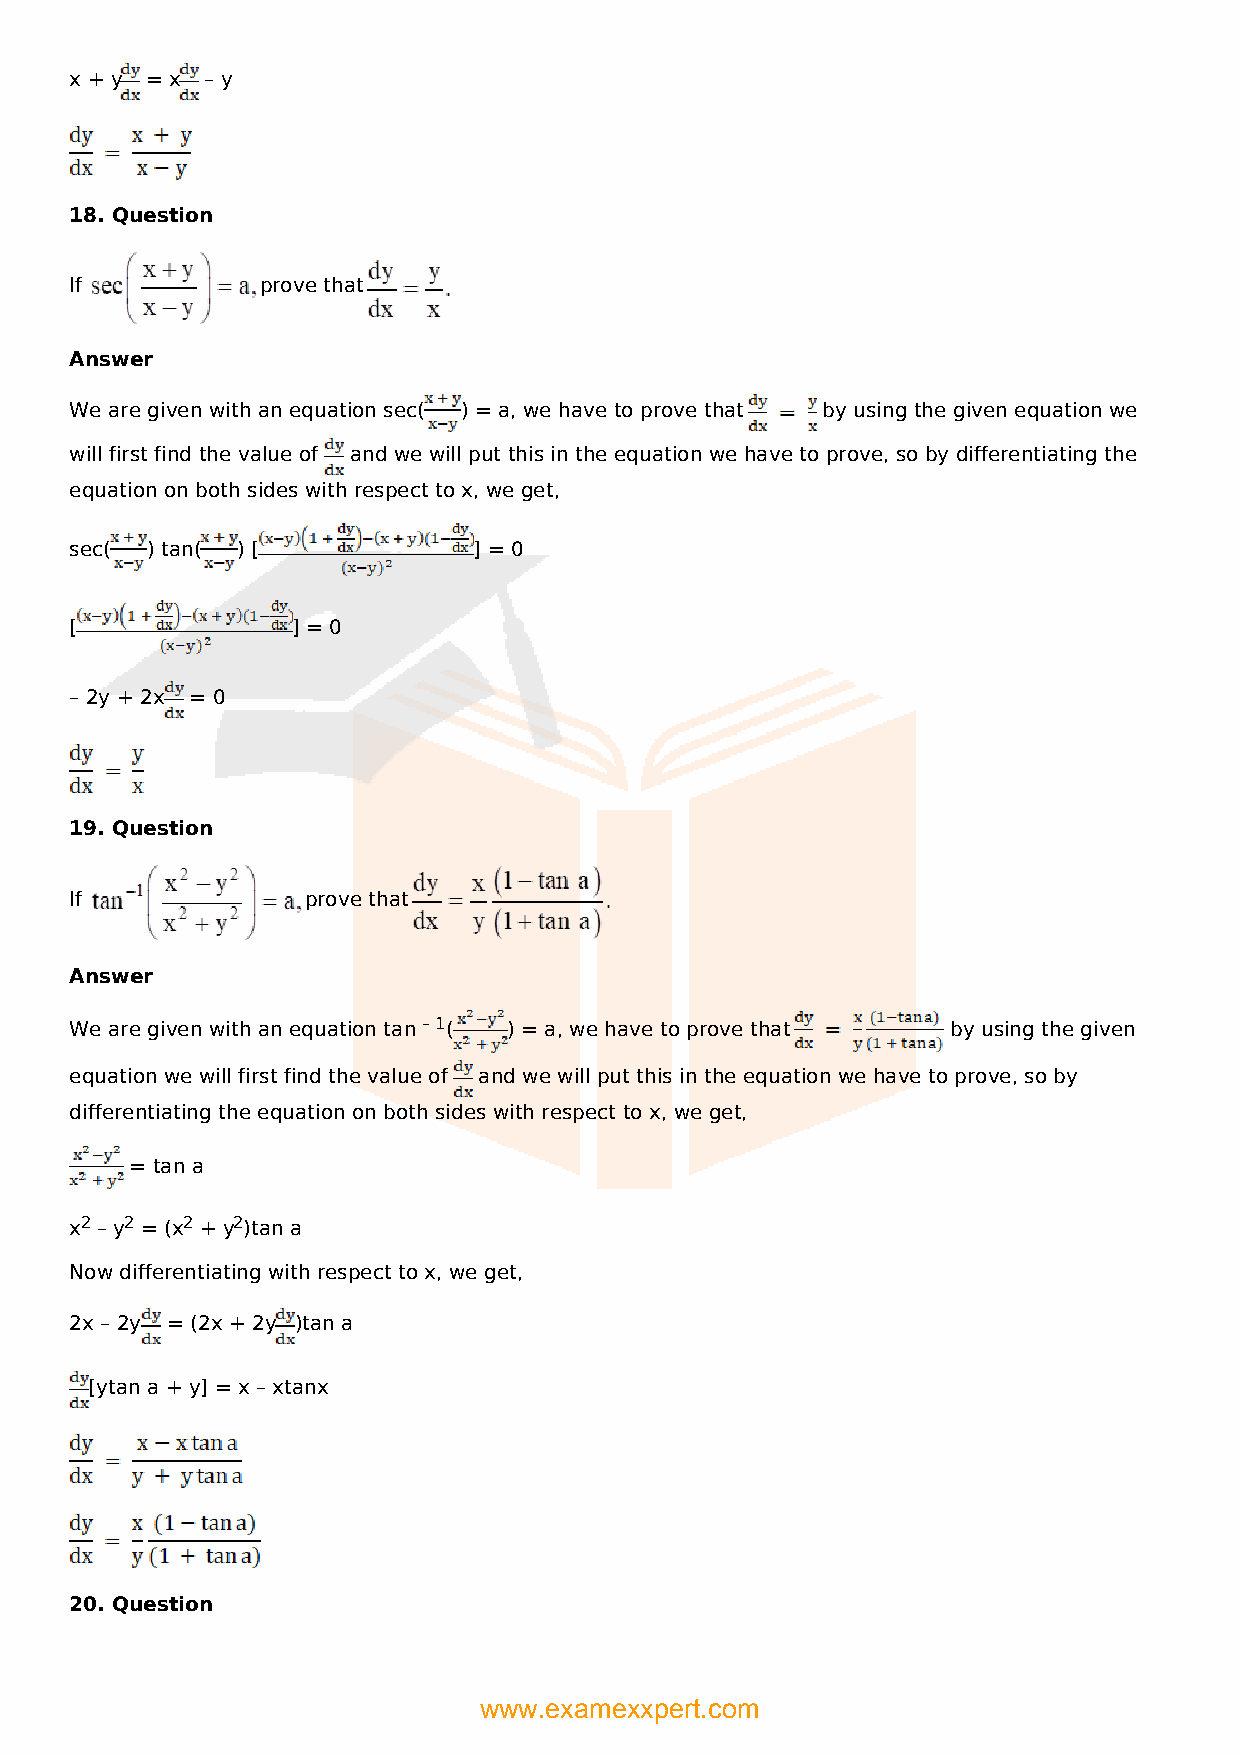
x + y = x – y
 18. Question
 If          prove that
 Answer
 We are given with an equation sec( ) = a, we have to prove that by using the given equation we
 will first find the value of and we will put this in the equation we have to prove, so by differentiating the
 equation on both sides with respect to x, we get,
 sec( ) tan( ) [           ] = 0
 [             ] = 0
 – 2y + 2x = 0
 19. Question
 If             prove that
 Answer
 We are given with an equation tan – 1( ) = a, we have to prove that by using the given
 equation we will first find the value of and we will put this in the equation we have to prove, so by
 differentiating the equation on both sides with respect to x, we get,
 = tan a
 x2 – y2 = (x2 + y2)tan a
 Now differentiating with respect to x, we get,
 2x – 2y = (2x + 2y )tan a
 [ytan a + y] = x – xtanx
 20. Question
 www.examexxpert.com